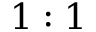
1 : 1